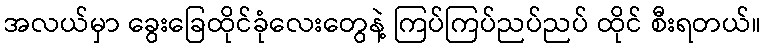
အလယ်မှာ ခွေးခြေထိုင်ခုံလေးတွေနဲ့ ကြပ်ကြပ်ညပ်ညပ် ထိုင် စီးရတယ်။